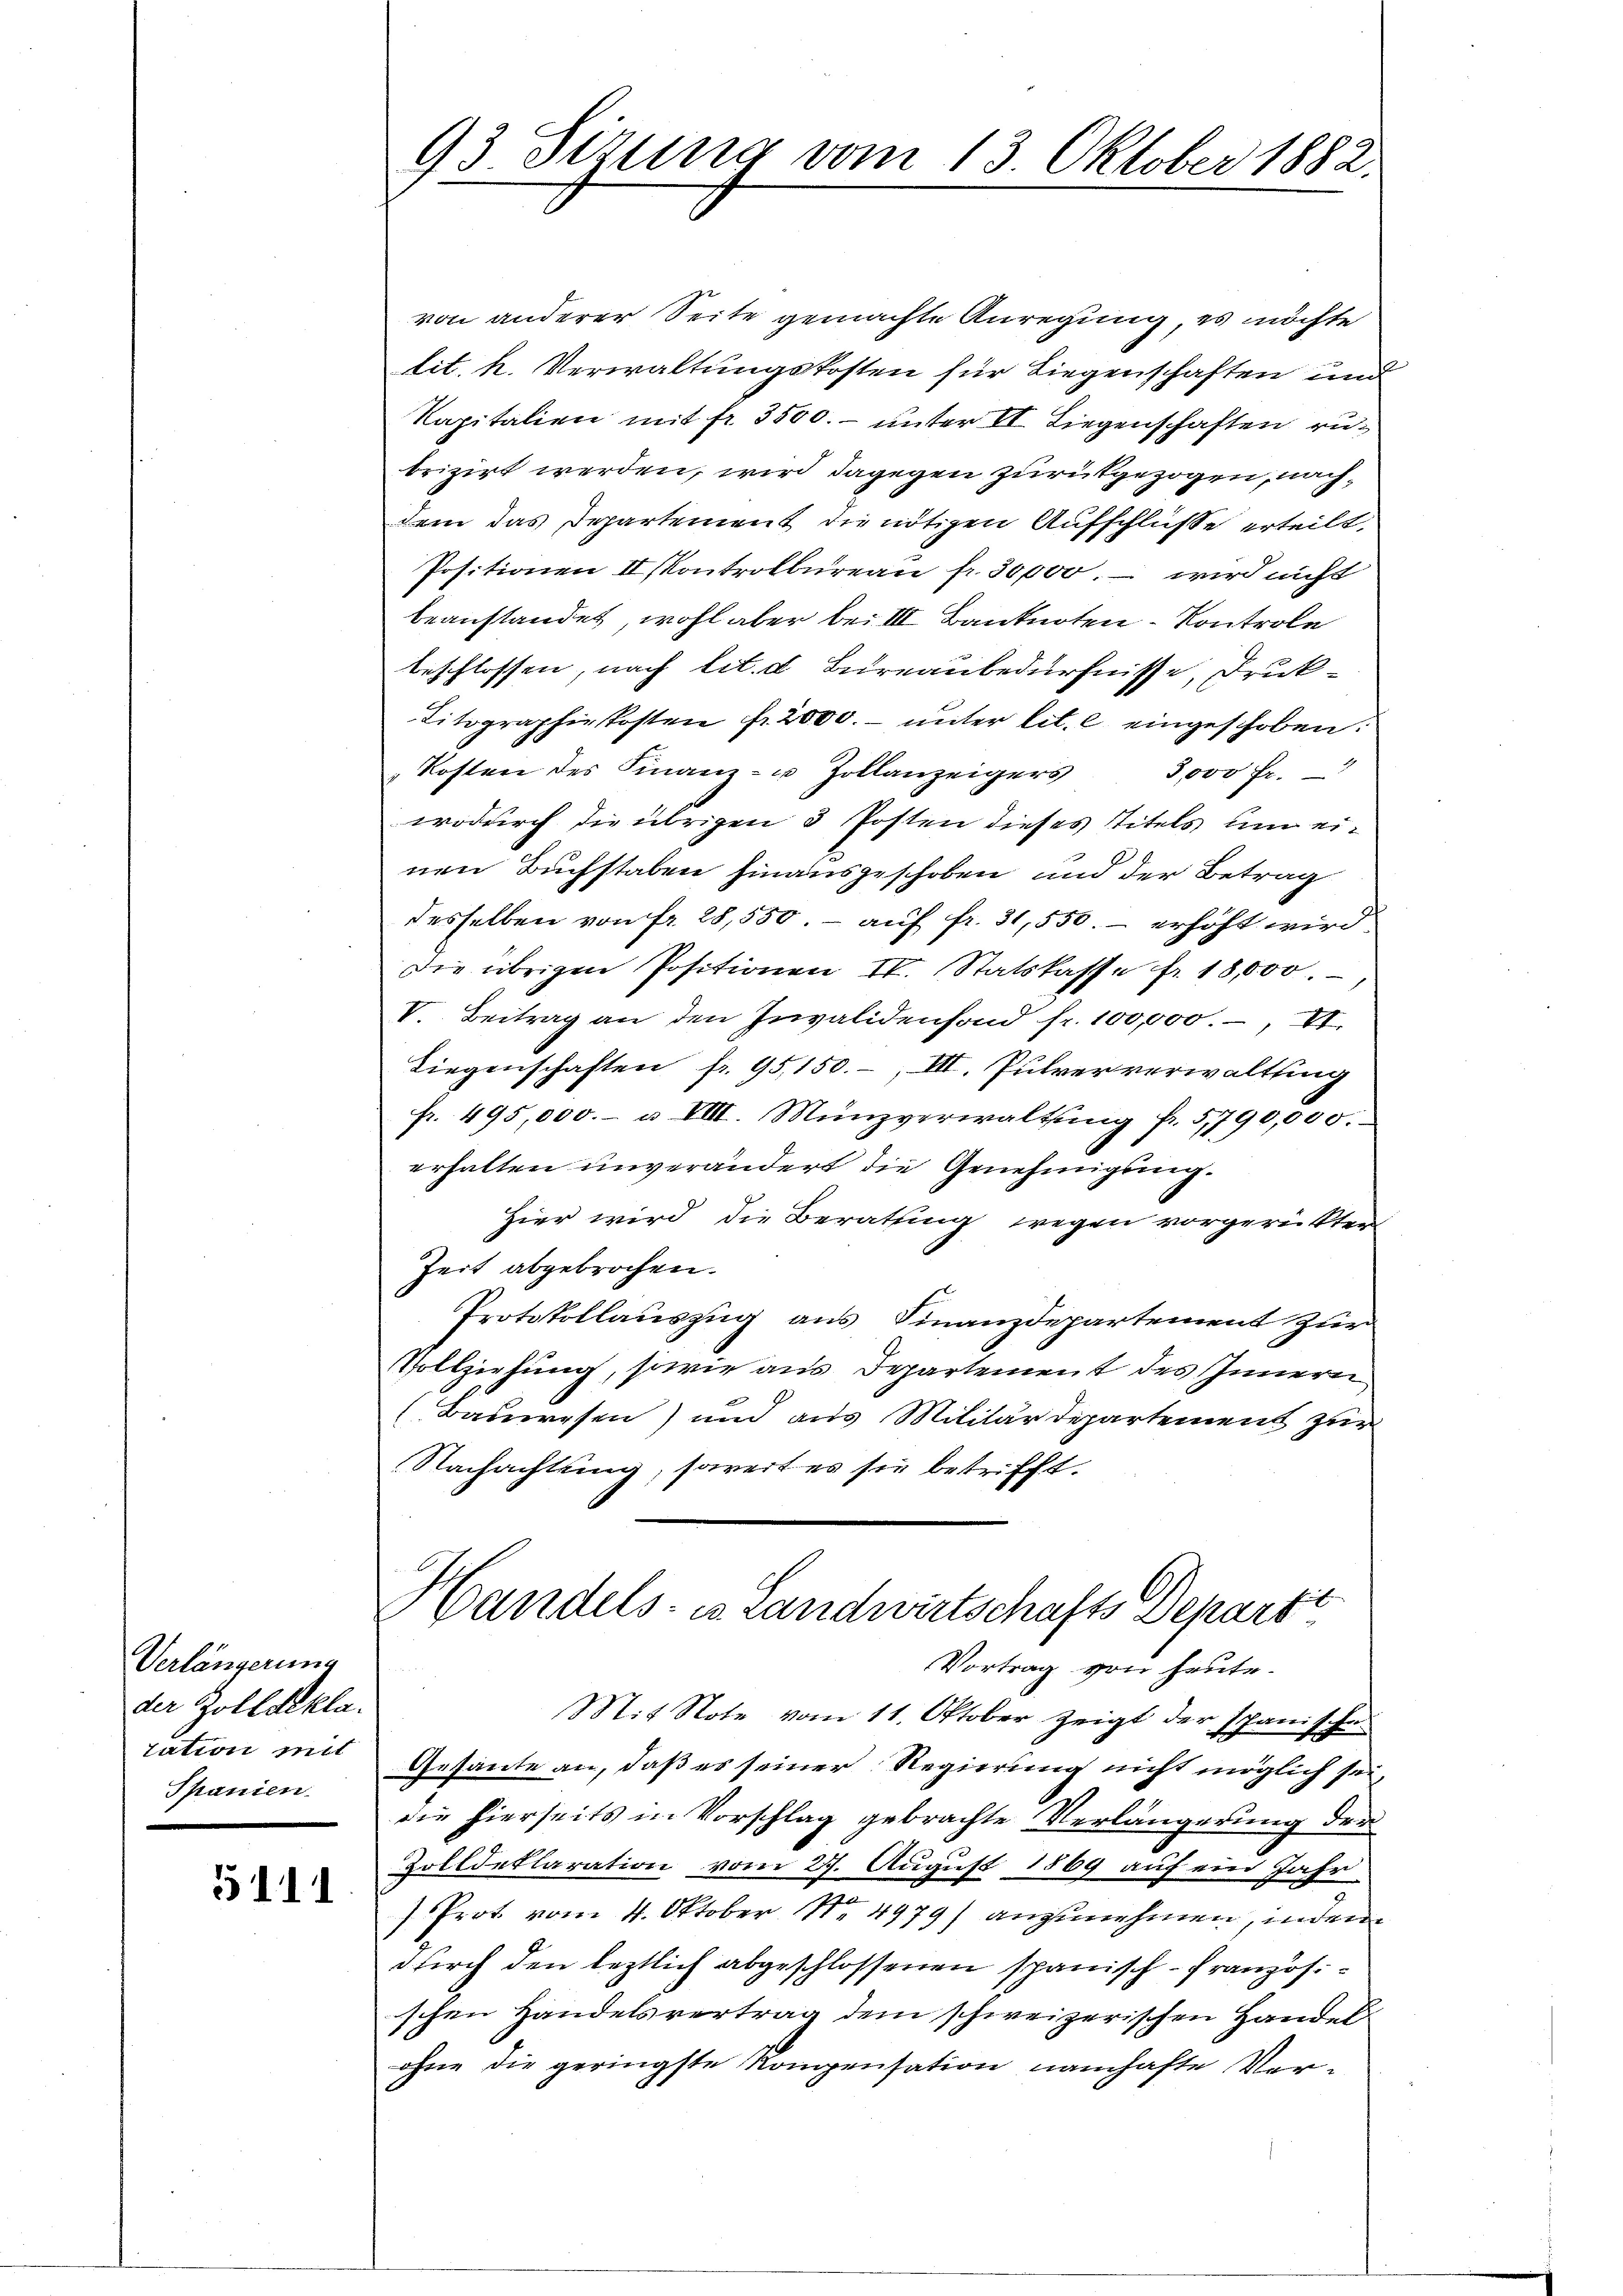
Verlängerung
der Zolldekla
Tation mit
Spanien.

5111

93 Sizung vom 13. Oktober 1882.

von anderer Seite gemachte Anregung es möchte
lit. h. Verwaltungskosten für Liegenschaften und
Kapitalien mit fr. 3500.- unter VI. Liegenschaften rubrizirt werden, wird dagegen zurükgezogen, nachdem das Departement die nötigen Aufschlüße erteilt,
Positionen II Kontrolbureau fr. 30,000. – wird nicht
beanstandet, wohl aber bei III Banknoten Kontrole
beschlossen, nach lit. d. Bureaubedürfnisse, Druk¬
Titographie kosten fr. 2000. unter lit. c eingeschoben:
Kosten des Finanz- u Zollanzeigers 3000 Fr.
wodurch die übrigen 3 Posten dieses Titels um einen Buchstaben hinausgeschoben und der Betrag
desselben von fr. 28,550. - auf fr. 31,550. - erhöht wird
Die übrigen Positionen II. Statskasse fr. 18,000.
V. Beitrag an den Invalidenfond fr. 100,000.-, VI.
Liegenschaften fr. 95,150.-, III. Pulververwaltling
fr. 495,000.- u VIII. Münzverwaltŭng fr. 5790,000.
erhalten unverändert die Genehmigung.
Hier wird die Berathung wegen vorgerückter
Zeit abgebrochen.
Protokollauszug aus Finanzdepartement zur
Vollziehung, sowie aus Departement des Innern
Bauwesen) und aus Militärdepartement zur
Nachachtung, soweit es sie betrifft.
leich
Handels- es Landwirtschafts Depart
Vortrag von heute.
Mit Note vom 11. Oktober zeigt der spanischen
Gesante an, daß es seiner Regierung nicht möglich sei,
die hierseits in Vorschlag gebrachte Verlängerung der
Zolldeklaration vom 27. August 1869 auf ein Jahr
Prot vom 4. Oktober 14979) anzunehmen, inden
durch den leztlich abgeschlossenen spanisch-Französischen Handelsvertrag dem schweizerischen Handel
ohne die geringste Kompensation namhafte Ver-